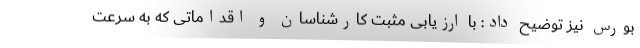
بورس نیز توضیح داد: با ارزیابی مثبت کارشناسان و اقداماتی که به سرعت